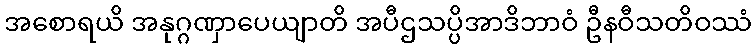
အစောရယိ အနုဂ္ဂဏှာပေယျာတိ အပီဌသပ္ပိအာဒိဘာဝံ ဦနဝီသတိဝဿံ